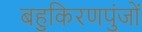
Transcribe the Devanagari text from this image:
बहुकिरणपुंजों